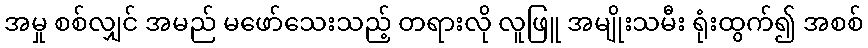
အမှု စစ်လျှင် အမည် မဖော်သေးသည့် တရားလို လူဖြူ အမျိုးသမီး ရုံးထွက်၍ အစစ်